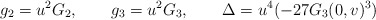
\begin{align*}g_{2}=u^{2}G_{2}, \qquad g_{3}=u^{2}G_{3}, \qquad \Delta= u^{4}(-27G_{3}(0,v)^{3})\end{align*}